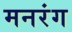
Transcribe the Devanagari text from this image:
मनरंग